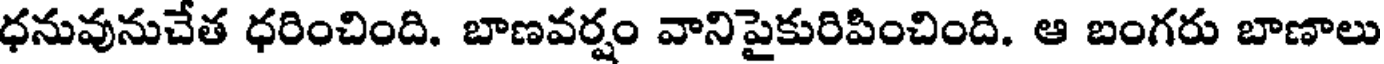
ధనువునుచేత ధరించింది. బాణవర్షం వానిపైకురిపించింది. ఆ బంగరు బాణాలు